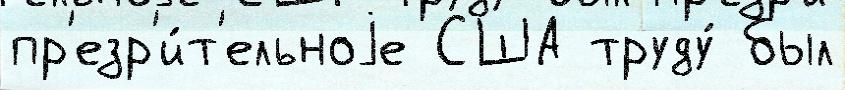
пр'езр'и́т'ельноjе США труду́ был